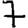
Digit: 7